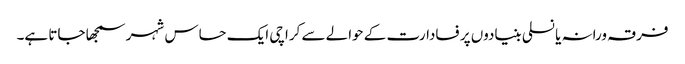
فرقہ ورانہ یا نسلی بنیادوں پر فسادارت کے حوالے سے کراچی ایک حساس شہر سمجھا جاتا ہے۔